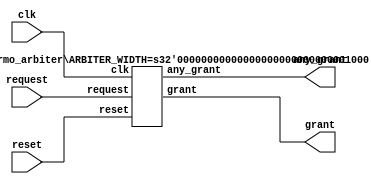
/*****************************************
		
	round robin arbiter

******************************************/

module arbiter #(
    parameter ARBITER_WIDTH = 8
) (
   input  clk, 
   input  reset, 
   input  [ARBITER_WIDTH-1:0] request, 
   output [ARBITER_WIDTH-1:0] grant,
   output any_grant
);

generate 
if(ARBITER_WIDTH==1)  begin: w1
    assign grant = request;
    assign any_grant = request;
end else if(ARBITER_WIDTH<=4) begin: w4
    //my own arbiter 
    my_one_hot_arbiter #(
        .ARBITER_WIDTH	(ARBITER_WIDTH)
    )
    one_hot_arb
    (	
        .clk		(clk), 
        .reset 		(reset), 
        .request	(request), 
        .grant		(grant),
        .any_grant	(any_grant)
    );

end else begin : wb4
    
    thermo_arbiter #(
        .ARBITER_WIDTH	(ARBITER_WIDTH)
    )
    one_hot_arb
    (	
        .clk		(clk), 
        .reset 		(reset), 
        .request	(request), 
        .grant		(grant),
        .any_grant	(any_grant)
    );
end
endgenerate

endmodule
	

module my_one_hot_arbiter #(
	parameter ARBITER_WIDTH	=4
) (
	input	[ARBITER_WIDTH-1 			:	0]	request,
	output	[ARBITER_WIDTH-1			:	0]	grant,
	output										any_grant,
	input										clk,
	input										reset
);
	function integer log2;
      input integer number;	begin	
         log2=0;	
         while(2**log2<number) begin	
            log2=log2+1;	
         end	
      end	
    endfunction // log2 
	
	localparam ARBITER_BIN_WIDTH= log2(ARBITER_WIDTH);
	reg 	[ARBITER_BIN_WIDTH-1		:	0] 	low_pr;
	wire 	[ARBITER_BIN_WIDTH-1		:	0] 	grant_bcd;
	
	one_hot_to_bin #(
		.ONE_HOT_WIDTH	(ARBITER_WIDTH)
	)conv
	(
	.one_hot_code(grant),
	.bin_code(grant_bcd)
	);
	
	always@(posedge clk or posedge reset) begin
		if(reset) begin
			low_pr	<=	{ARBITER_BIN_WIDTH{1'b0}};
		end else begin
			if(any_grant) low_pr <= grant_bcd;
		end
	end
	
	assign any_grant = | request;

	generate 
		if(ARBITER_WIDTH	==2) begin: w2		arbiter_2_one_hot arb( .in(request) , .out(grant), .low_pr(low_pr)); end
		if(ARBITER_WIDTH	==3) begin: w3		arbiter_3_one_hot arb( .in(request) , .out(grant), .low_pr(low_pr)); end
		if(ARBITER_WIDTH	==4) begin: w4		arbiter_4_one_hot arb( .in(request) , .out(grant), .low_pr(low_pr)); end
	endgenerate

endmodule


module arbiter_2_one_hot(
	 input      [1 			:	0]	in,
	 output	reg [1			:	0]	out,
	 input 	   						low_pr
);
always @(*) begin
	 out=2'b00;
 	 case(low_pr)
		1'd0:
			 if(in[1]) 				out=2'b10;
			 else if(in[0]) 		out=2'b01;
		1'd1:
			 if(in[0]) 				out=2'b01;
			 else if(in[1]) 		out=2'b10;
		default: out=2'b00;
	 endcase 
end
endmodule 


module arbiter_3_one_hot(
	 input      [2 			:	0]	in,
	 output	reg [2			:	0]	out,
	 input 	    [1			:	0]	low_pr
);
always @(*) begin
  out=3'b000;
 	 case(low_pr)
		 2'd0:
			 if(in[1]) 				out=3'b010;
			 else if(in[2]) 		out=3'b100;
			 else if(in[0]) 		out=3'b001;
		 2'd1:
			 if(in[2]) 				out=3'b100;
			 else if(in[0]) 		out=3'b001;
			 else if(in[1]) 		out=3'b010;
		 2'd2:
			 if(in[0]) 				out=3'b001;
			 else if(in[1]) 		out=3'b010;
			 else if(in[2]) 		out=3'b100;
		 default: out=3'b000;
	 endcase 
end
endmodule 


module arbiter_4_one_hot(
	 input      [3 			:	0]	in,
	 output	reg [3			:	0]	out,
	 input 	    [1			:	0]	low_pr
);
always @(*) begin
  out=4'b0000;
 	 case(low_pr)
		 2'd0:
			 if(in[1]) 				out=4'b0010;
			 else if(in[2]) 		out=4'b0100;
			 else if(in[3]) 		out=4'b1000;
			 else if(in[0]) 		out=4'b0001;
		 2'd1:
			 if(in[2]) 				out=4'b0100;
			 else if(in[3]) 		out=4'b1000;
			 else if(in[0]) 		out=4'b0001;
			 else if(in[1]) 		out=4'b0010;
		 2'd2:
			 if(in[3]) 				out=4'b1000;
			 else if(in[0]) 		out=4'b0001;
			 else if(in[1]) 		out=4'b0010;
			 else if(in[2]) 		out=4'b0100;
		 2'd3:
			 if(in[0]) 				out=4'b0001;
			 else if(in[1]) 		out=4'b0010;
			 else if(in[2]) 		out=4'b0100;
			 else if(in[3]) 		out=4'b1000;
		 default: out=4'b0000;
	 endcase 
end
endmodule 



/*******************

	thermo_arbiter

********************/

module thermo_gen #(
	parameter WIDTH=16


)(
	input  [WIDTH-1	:	0]in,
	output [WIDTH-1	:	0]out
);
	genvar i;
	generate
	for(i=0;i<WIDTH;i=i+1)begin :lp
		assign out[i]= | in[i	:0];	
	end
	endgenerate

endmodule

 
 
module thermo_arbiter #(
    parameter	ARBITER_WIDTH	=4
)
(	
   clk, 
   reset, 
   request, 
   grant,
   any_grant
);

	input	[ARBITER_WIDTH-1 			:	0]	request;
	output	[ARBITER_WIDTH-1			:	0]	grant;
	output										any_grant;
	input										reset,clk;
	
	
	wire	[ARBITER_WIDTH-1 			:	0]	termo1,termo2,mux_out,masked_request,edge_mask;
	reg		[ARBITER_WIDTH-1 			:	0]	pr;


	thermo_gen #(
		.WIDTH(ARBITER_WIDTH)
	) tm1
	(
		.in(request),
		.out(termo1)
	);


	thermo_gen #(
		.WIDTH(ARBITER_WIDTH)
	) tm2
	(
		.in(masked_request),
		.out(termo2)
	);

	
assign mux_out=(termo2[ARBITER_WIDTH-1])? termo2 : termo1;
assign masked_request= request & pr;
assign any_grant=termo1[ARBITER_WIDTH-1];

always @(posedge clk or posedge reset)begin 
	if(reset) pr<= {ARBITER_WIDTH{1'b1}};
	else begin 
		if(any_grant) pr<= edge_mask;
	end

end

assign edge_mask= {mux_out[ARBITER_WIDTH-2:0],1'b0};
assign grant= mux_out ^ edge_mask;

endmodule